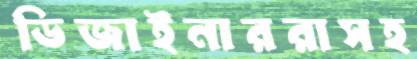
ডিজাইনাররাসহ